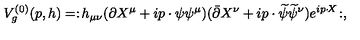
V _ { g } ^ { ( 0 ) } ( p , h ) = : \! h _ { \mu \nu } ( \partial X ^ { \mu } + i p \cdot \psi \psi ^ { \mu } ) ( { \bar { \partial } } X ^ { \nu } + i p \cdot { \widetilde \psi } { \widetilde \psi } ^ { \nu } ) e ^ { i p \cdot \! X } \! : ,